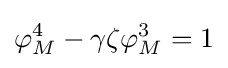
\varphi _{M}^{4}-\gamma \zeta \varphi _{M}^{3}=1